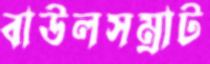
বাউলসম্রাট